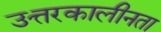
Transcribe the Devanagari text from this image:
उत्तरकालीनता